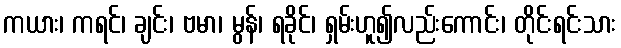
ကယား၊ ကရင်၊ ချင်း၊ ဗမာ၊ မွန်၊ ရခိုင်၊ ရှမ်းဟူ၍လည်းကောင်း၊ တိုင်းရင်းသား